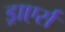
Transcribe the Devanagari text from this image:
ड्राएर्स